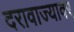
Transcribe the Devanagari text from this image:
दरावाज्यावर